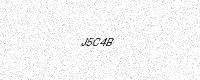
Text: J5C4B